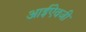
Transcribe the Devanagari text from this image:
आईऐवजी